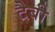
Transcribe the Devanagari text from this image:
टैबी